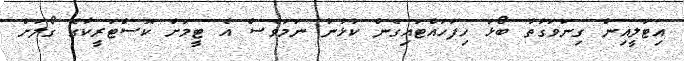
އިޓަލީއިން ގިނަވަގުތު ބޯޅަ ހިފަހައްޓައިގެން ކުޅުނު ނަމަވެސް އެ ޓީމަށް ކޮސްޓަރީކާގެ ގޯލަށް